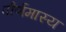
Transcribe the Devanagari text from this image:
पौर्णमास्य